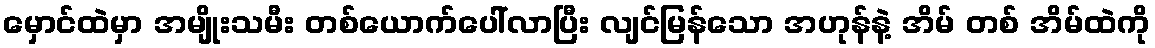
မှောင်ထဲမှာ အမျိုးသမီး တစ်ယောက်ပေါ်လာပြီး လျင်မြန်သော အဟုန်နဲ့ အိမ် တစ် အိမ်ထဲကို